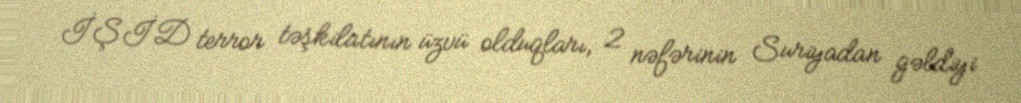
İŞİD terror təşkilatının üzvü olduqları, 2 nəfərinin Suriyadan gəldiyi